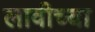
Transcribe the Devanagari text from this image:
लावीच्या